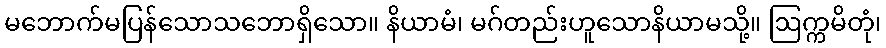
မဘောက်မပြန်သောသဘောရှိသော။ နိယာမံ၊ မဂ်တည်းဟူသောနိယာမသို့။ ဩက္ကမိတုံ၊